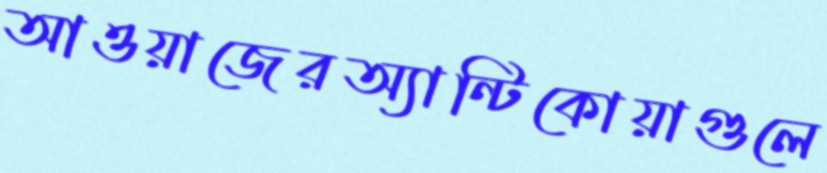
আওয়াজেরঅ্যান্টিকোয়াগুলে